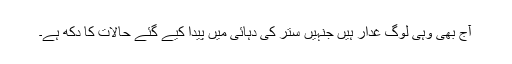
آج بھی وہی لوگ غدار ہیں جنہیں ستر کی دہائی میں پیدا کیے گئے حالات کا دکھ ہے۔